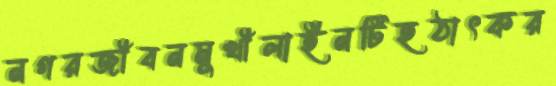
নগরজীবনমুখীলাইনটিহঠাৎকর